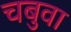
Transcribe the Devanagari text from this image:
चबुवा